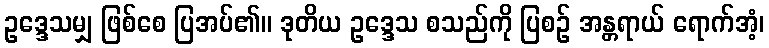
ဥဒ္ဒေသမျှ ဖြစ်စေ ပြအပ်၏။ ဒုတိယ ဥဒ္ဒေသ စသည်ကို ပြစဉ် အန္တရာယ် ရောက်အံ့၊